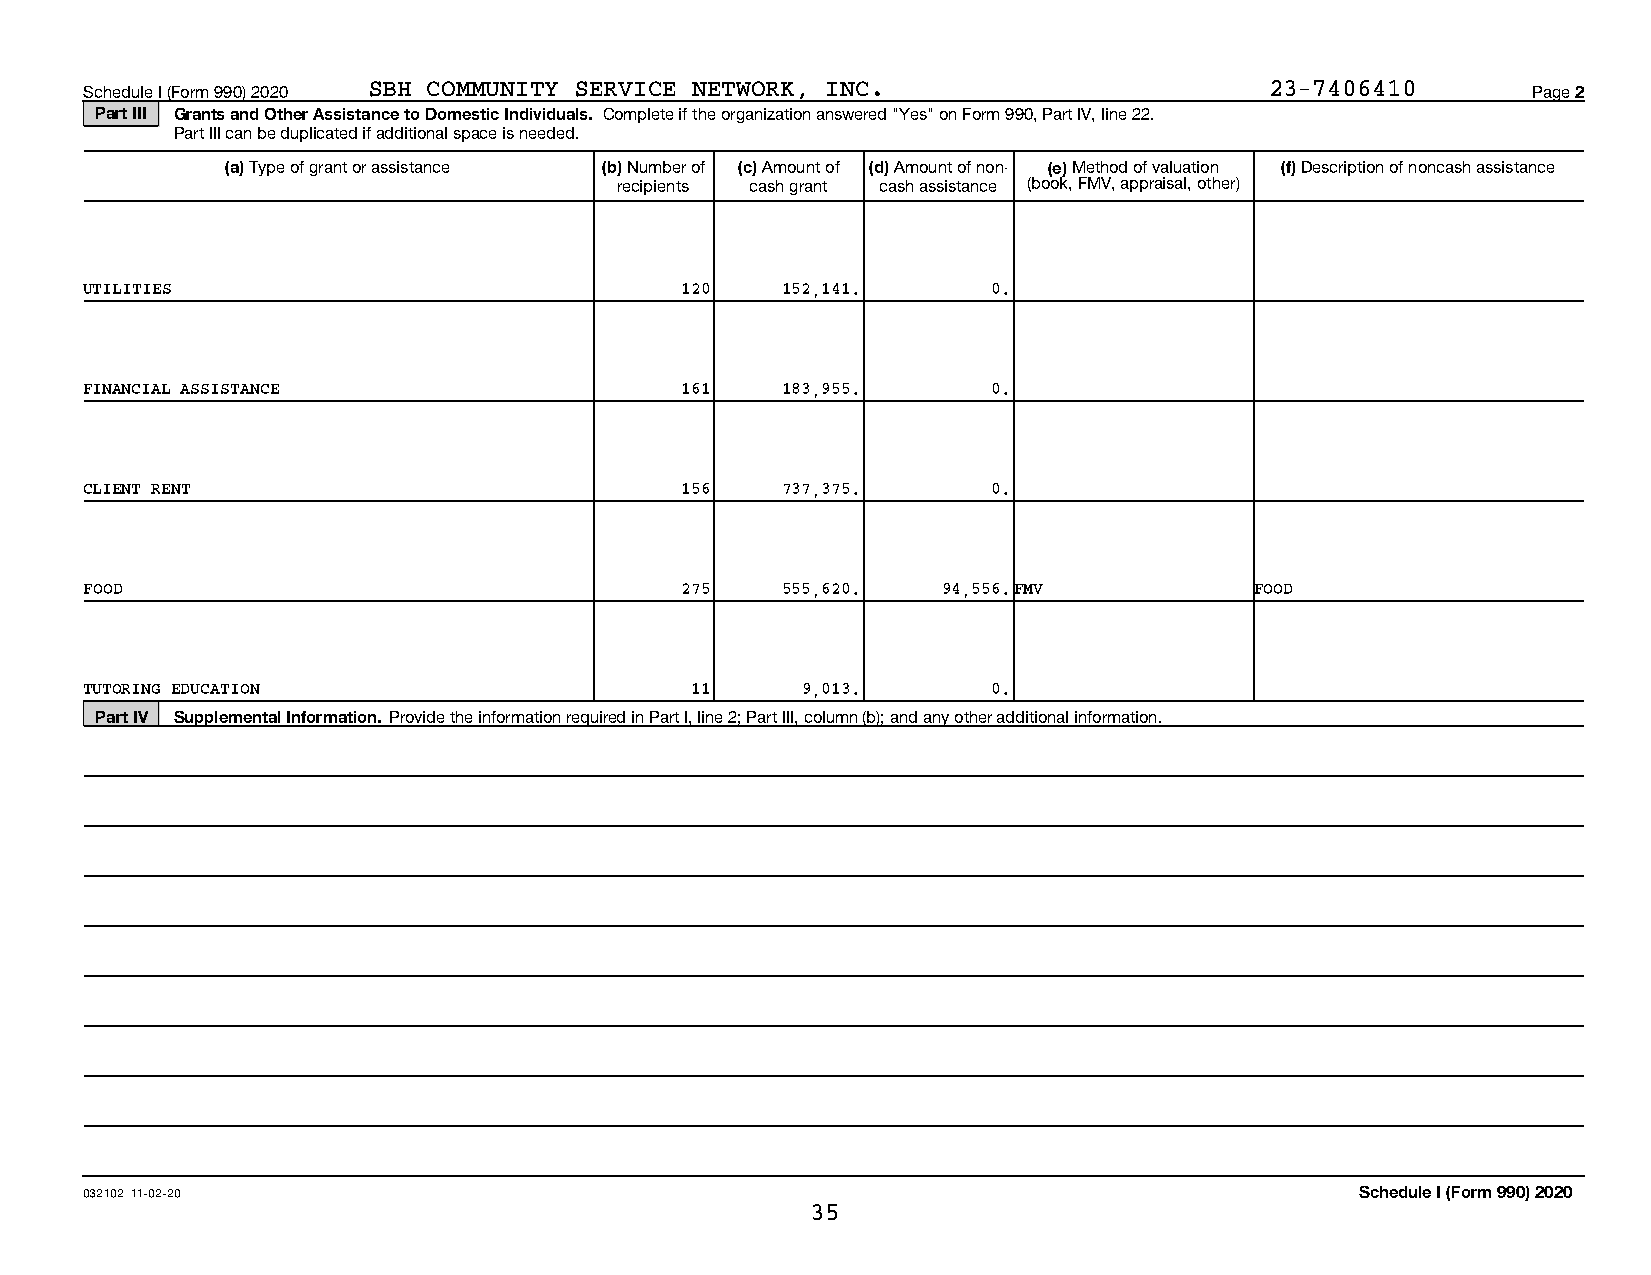
Schedule I (Form 990) 2020 SBH COMMUNITY SERVICE NETWORK, INC.                23-7406410       Page 2
 Part III Grants and Other Assistance to Domestic Individuals. Complete if the organization answered "Yes" on Form 990, Part IV, line 22.
 Part III can be duplicated if additional space is needed.
 (a) Type of grant or assistance (b) Number of (c) Amount of (d) Amount of non- (e) Method of valuation (f) Description of noncash assistance
 recipients cash grant cash assistance (book, FMV, appraisal, other)
 UTILITIES                              120    152,141.      0.
 FINANCIAL ASSISTANCE                   161    183,955.      0.
 CLIENT RENT                            156    737,375.      0.
 FOOD                                   275    555,620.  94,556.FMV           FOOD
 TUTORING EDUCATION                      11     9,013.       0.
 Part IV Supplemental Information. Provide the information required in Part I, line 2; Part III, column (b); and any other additional information.
 032102 11-02-20                                                                     Schedule I (Form 990) 2020
 35